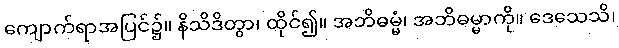
ကျောက်ရာအပြင်၌။ နိသိဒိတွာ၊ ထိုင်၍။ အဘိဓမ္မံ၊ အဘိဓမ္မာကို။ ဒေသေသိ၊